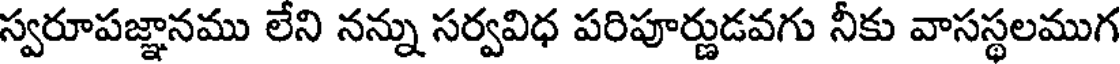
స్వరూపజ్ఞానము లేని నన్ను సర్వవిధ పరిపూర్ణుడవగు నీకు వాసస్థలముగ